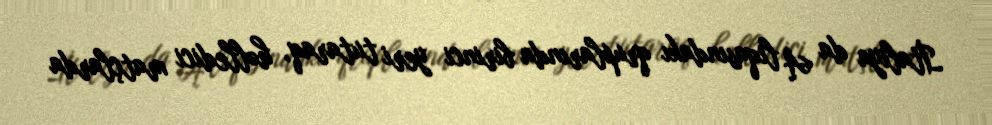
İtaliya da A liqasındakı qruplarında birinci yeri tutaraq, həlledici matçlarda